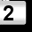
Digit: 2